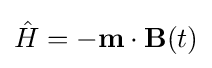
{\hat {H}}=-\mathbf {m} \cdot \mathbf {B} (t)